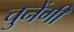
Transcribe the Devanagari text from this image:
चुनेंगी